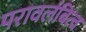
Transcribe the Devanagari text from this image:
परावलंबित्व